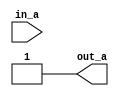
module INP_NR_ASGN (in_a, out_a);
   input in_a;
   output reg out_a;
   assign in_a = 1'b1;
   always @(in_a) 
   out_a = in_a;
endmodule